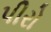
પીરો